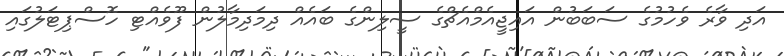
އަދި ވާރެ ވެހުމުގެ ސަބަބުން އައިޖީއެމްއެޗްގެ ސީލިންގެ ބައެއް ދިމަދިމާލުން ފޫވެއްޓި ހޮސްޕިޓަލުގައި